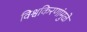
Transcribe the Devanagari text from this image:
विश्वकिरणांमुळे